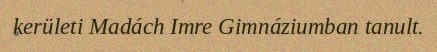
kerületi Madách Imre Gimnáziumban tanult.